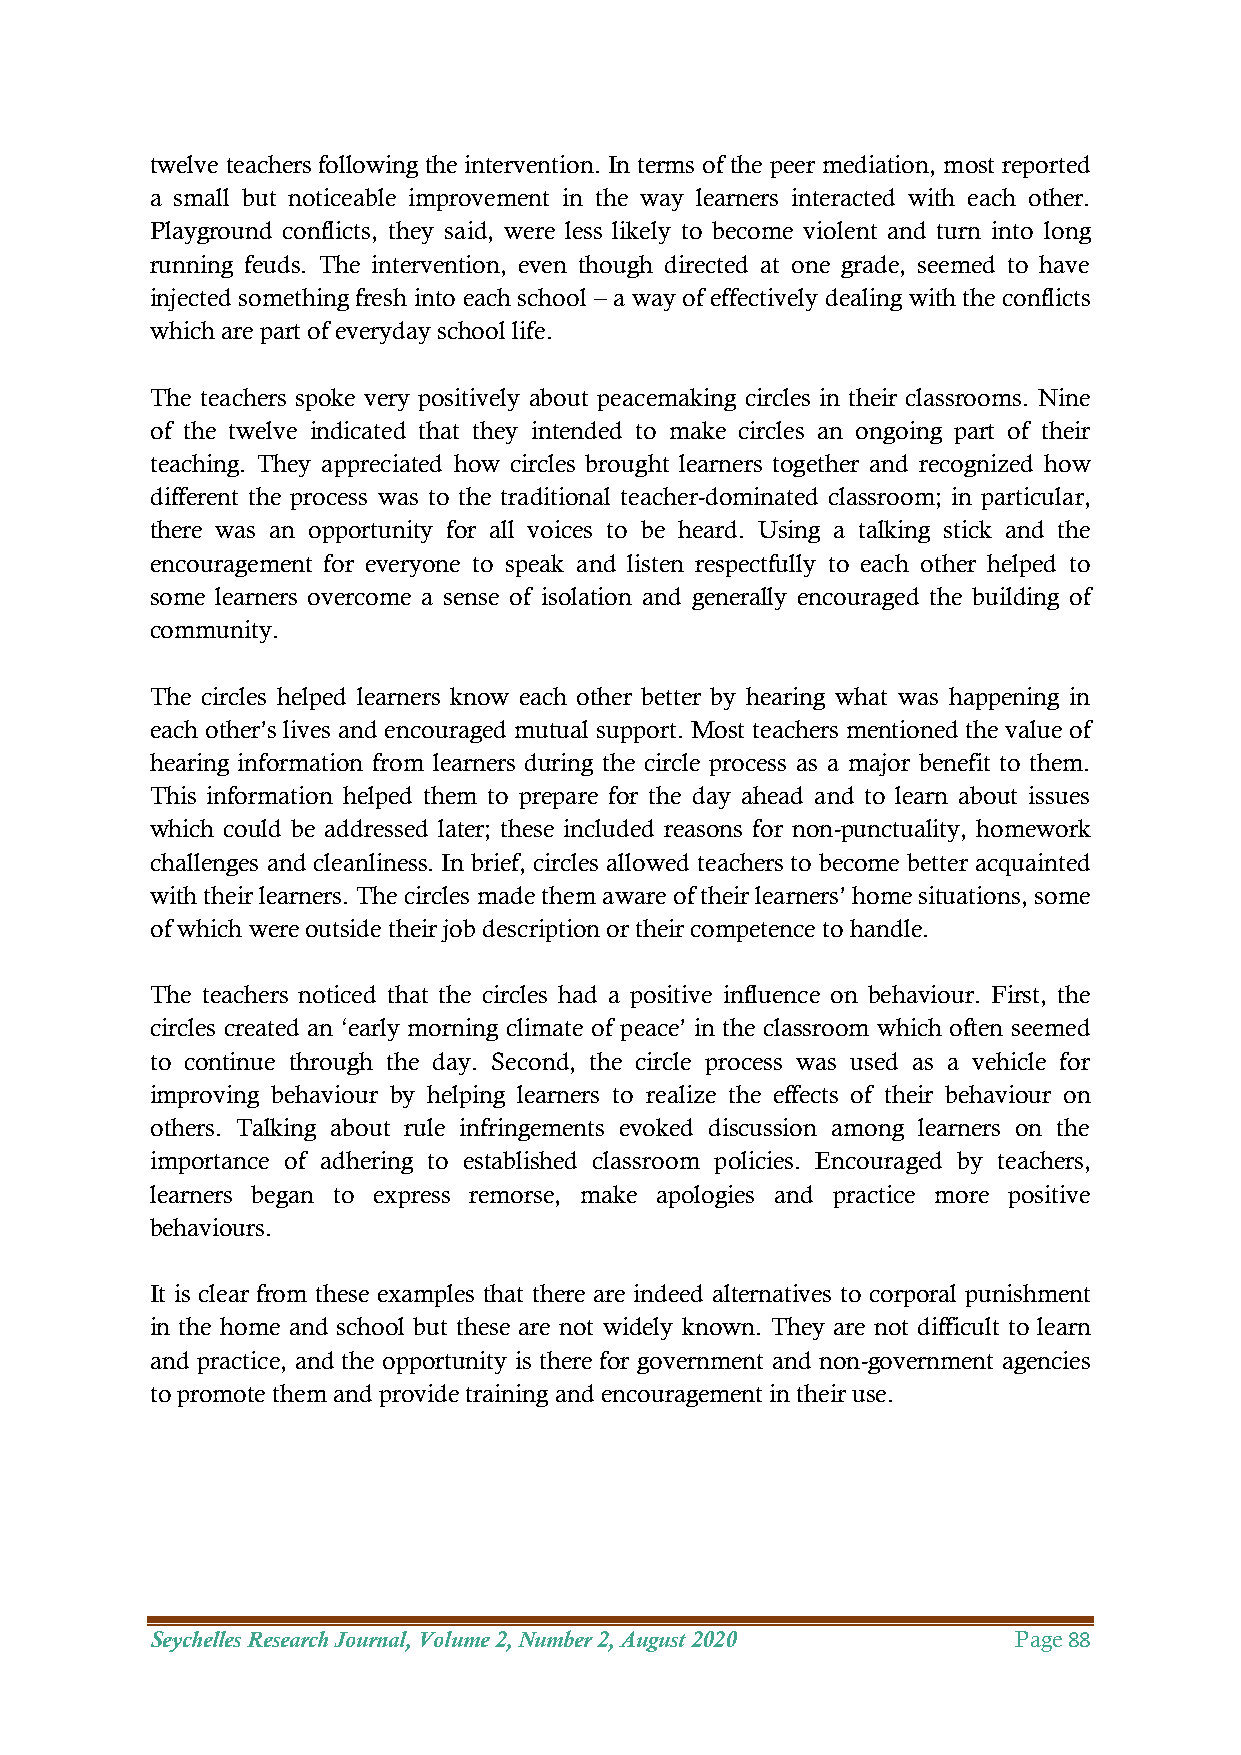
twelve teachers following the intervention. In terms of the peer mediation, most reported
 a small but noticeable improvement in the way learners interacted with each other.
 Playground conflicts, they said, were less likely to become violent and turn into long
 running feuds. The intervention, even though directed at one grade, seemed to have
 injected something fresh into each school – a way of effectively dealing with the conflicts
 which are part of everyday school life.
 The teachers spoke very positively about peacemaking circles in their classrooms. Nine
 of the twelve indicated that they intended to make circles an ongoing part of their
 teaching. They appreciated how circles brought learners together and recognized how
 different the process was to the traditional teacher-dominated classroom; in particular,
 there was an opportunity for all voices to be heard. Using a talking stick and the
 encouragement for everyone to speak and listen respectfully to each other helped to
 some learners overcome a sense of isolation and generally encouraged the building of
 community.
 The circles helped learners know each other better by hearing what was happening in
 each other’s lives and encouraged mutual support. Most teachers mentioned the value of
 hearing information from learners during the circle process as a major benefit to them.
 This information helped them to prepare for the day ahead and to learn about issues
 which could be addressed later; these included reasons for non-punctuality, homework
 challenges and cleanliness. In brief, circles allowed teachers to become better acquainted
 with their learners. The circles made them aware of their learners’ home situations, some
 of which were outside their job description or their competence to handle.
 The teachers noticed that the circles had a positive influence on behaviour. First, the
 circles created an ‘early morning climate of peace’ in the classroom which often seemed
 to continue through the day. Second, the circle process was used as a vehicle for
 improving behaviour by helping learners to realize the effects of their behaviour on
 others. Talking about rule infringements evoked discussion among learners on the
 importance of adhering to established classroom policies. Encouraged by teachers,
 learners began to express remorse, make apologies and practice more positive
 behaviours.
 It is clear from these examples that there are indeed alternatives to corporal punishment
 in the home and school but these are not widely known. They are not difficult to learn
 and practice, and the opportunity is there for government and non-government agencies
 to promote them and provide training and encouragement in their use.
 Seychelles Research Journal, Volume 2, Number 2, August 2020 Page 88